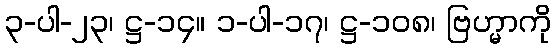
၃-ပါ-၂၃၊ ဋ္ဌ-၁၄။ ၁-ပါ-၁၇၊ ဋ္ဌ-၁၀၈၊ ဗြဟ္မာကို